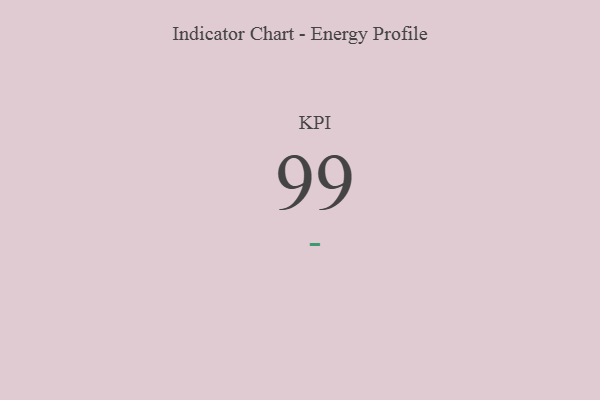
{"axis": {"x": "KPI", "y": "Value"}, "legend": [""], "data": [{"x": "KPI", "y": 99, "type": ""}]}